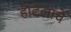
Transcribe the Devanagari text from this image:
हॉटेलांचे